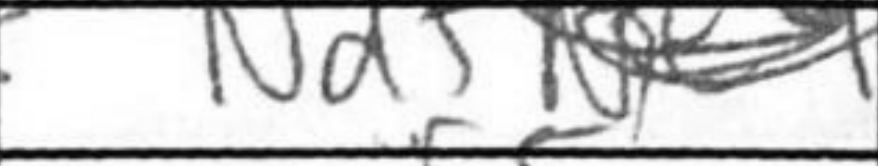
Transcription: Ndf